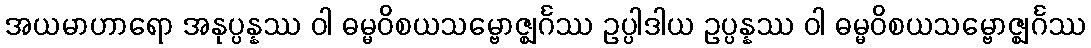
အယမာဟာရော အနုပ္ပန္နဿ ဝါ ဓမ္မဝိစယသမ္ဗောဇ္ဈင်္ဂဿ ဥပ္ပါဒါယ ဥပ္ပန္နဿ ဝါ ဓမ္မဝိစယသမ္ဗောဇ္ဈင်္ဂဿ